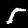
Digit: 5